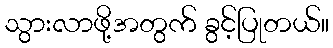
သွားလာဖို့အတွက် ခွင့်ပြုတယ်။